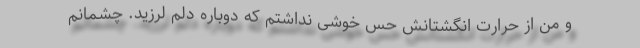
و من از حرارت انگشتانش حس خوشی نداشتم که دوباره دلم لرزید. چشمانم